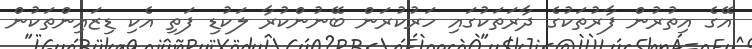
އޭގެ އިތުރުން ފާރުތަކުގެ ދާރަތަކުގައި ހަރުކުރަން ބޭނުންކުރާ ލަކުޑި ފަތި އެކި ޑިޒައިންތަކުން